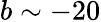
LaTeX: b\sim-20